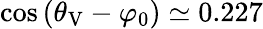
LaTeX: \cos{(\theta_{\mathrm{V}}-\varphi_{0})}\simeq 0.227